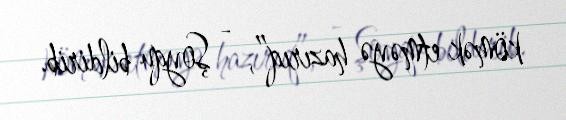
kömək etməyə hazırıq”, - Şoyqu bildirib.